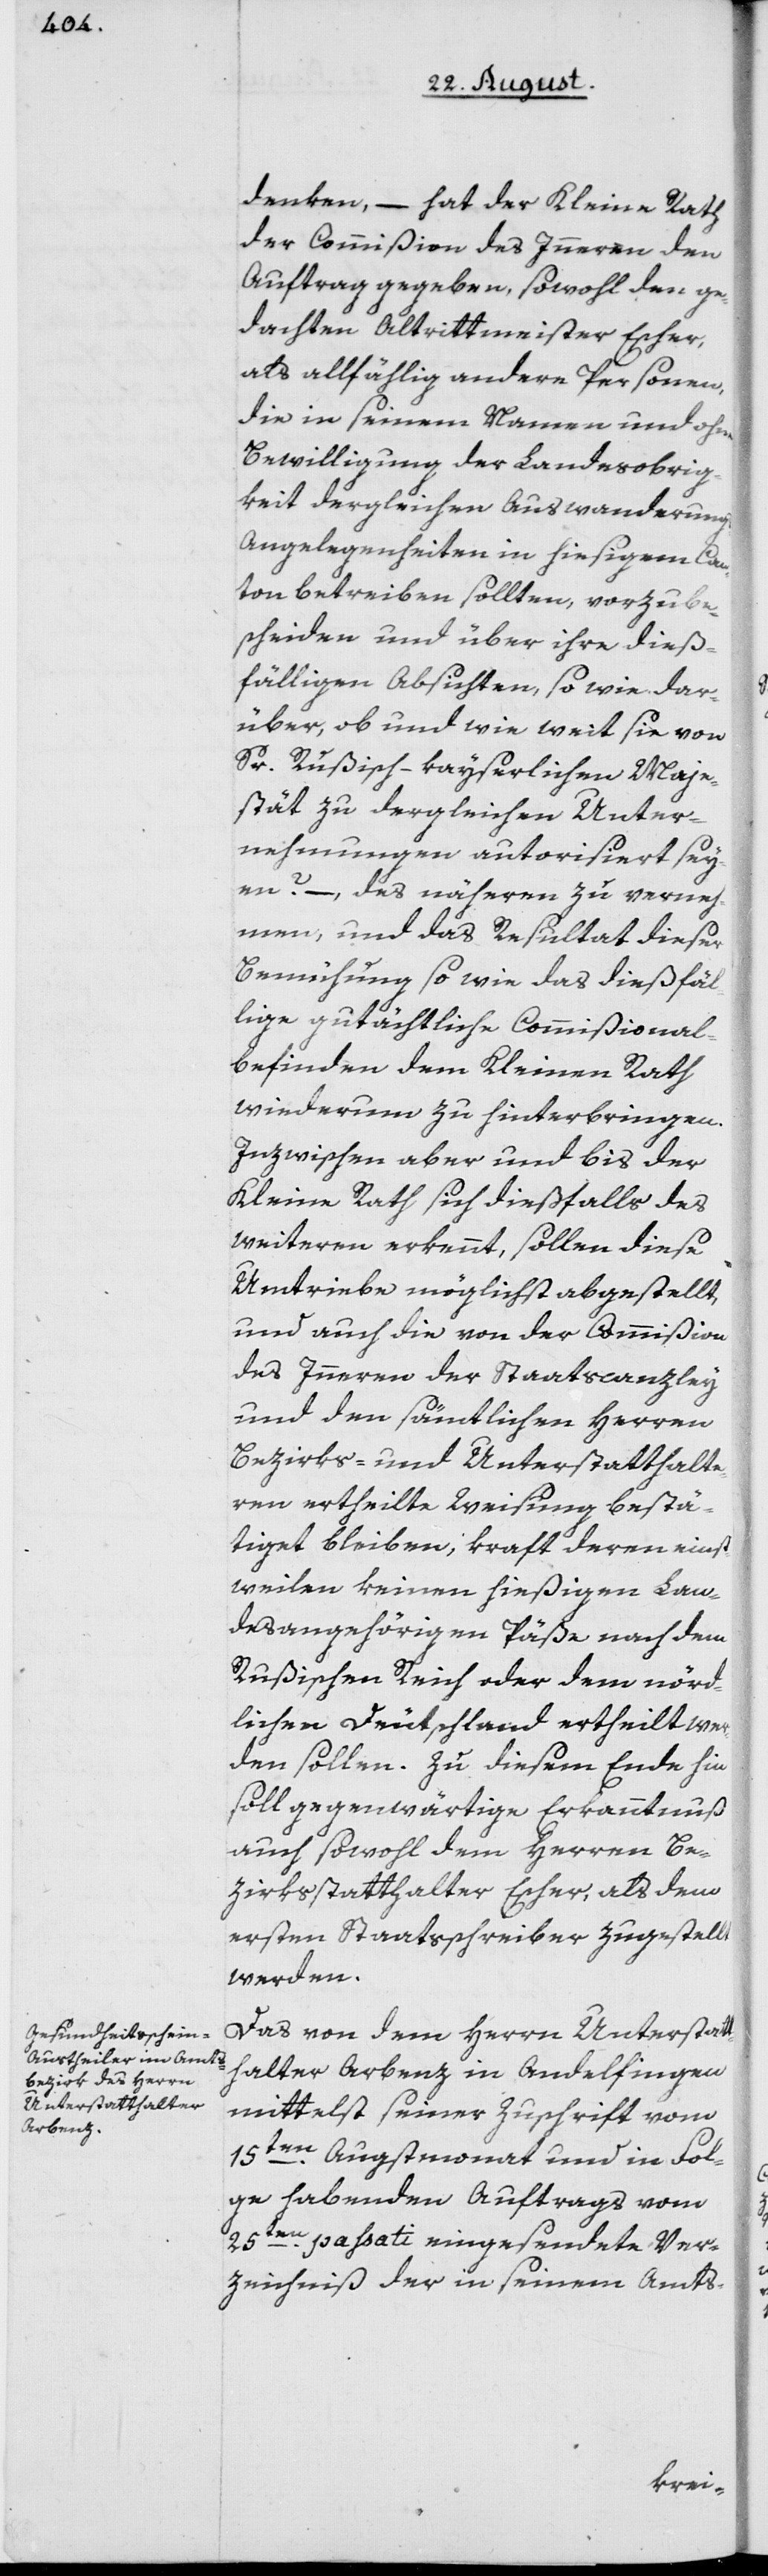
denken, – hat der Kleine Rath
der Commißion des Inneren den
Auftrag gegeben, sowohl den ge¬
dachten Altrittmeister Escher,
als allfählig andere Personen,
die in seinem Namen und ohne
Bewilligung der Landesobrig¬
keit dergleichen Auswanderung¬
s-Angelegenheiten in hiesigem Can¬
ton betreiben sollten, vorzube¬
scheiden und über ihre dieß¬
fälligen Absichten, so wie dar¬
über, ob und wie weit sie von
Sr. Rußisch-kayserlichen Maje¬
stät zu dergleichen Unter¬
nehmungen autorisiert sey¬
en? –, des näheren zu verneh¬
men, und das Resultat dieser
Bemühung so wie das dießfäl¬
lige gutächtliche Commißional¬
befinden dem Kleinen Rath
wiederum zu hinterbringen.
Inzwischen aber und bis der
Kleine Rath sich dießfalls des
weiteren erkennt, sollen diese
Umtriebe möglichst abgestellt,
und auch die von der Commißion
des Inneren der Staatscanzley
und den sämtlichen Herren
Bezirks- und Unterstatthalte¬
ren ertheilte Weisung bestä¬
tiget bleiben, kraft deren einst¬
weilen keinen hießigen Lan¬
desangehörigen Päße nach dem
Rußischen Reich oder dem nörd¬
lichen Deutschland ertheilt wer¬
den sollen. Zu diesem Ende hin
soll gegenwärtige Erkanntnuß
auch sowohl dem Herren Be¬
zirksstatthalter Escher, als dem
ersten Staatsschreiber zugestellt
werden.
Das von dem Herrn Unterstatt¬
halter Arbenz in Andelfingen
mittelst seiner Zuschrift vom
15ten Augstmonat und in Fol¬
ge habenden Auftrags vom
25ten passati eingesendete Ver¬
zeichniß der in seinem Amts-